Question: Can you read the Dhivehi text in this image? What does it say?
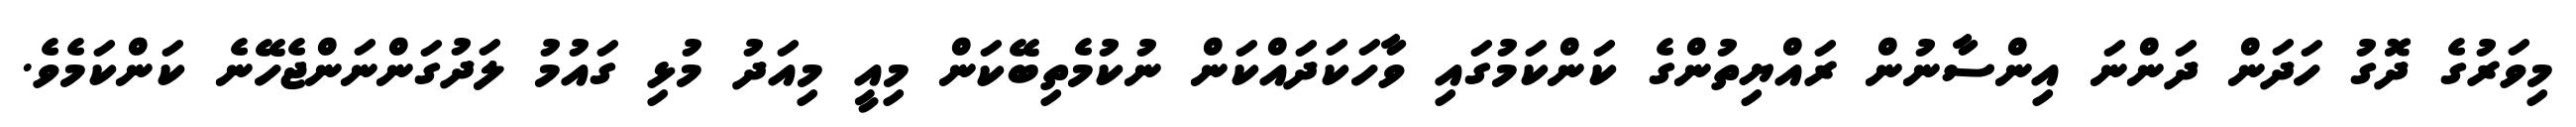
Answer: މިވަރުގެ ދޮގު ހަދަން ދަންނަ އިންސާނުން ރައްޔިތުންގެ ކަންކަމުގައި ވާހަކަދައްކަން ނުކުމެތިބޭކަން މިއީ މިއަދު މުޅި ގައުމު ލަދުގަންނަންޖެހޭނެ ކަންކަމެވެ.